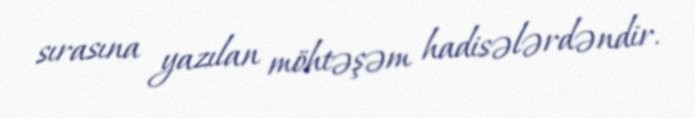
sırasına yazılan möhtəşəm hadisələrdəndir.